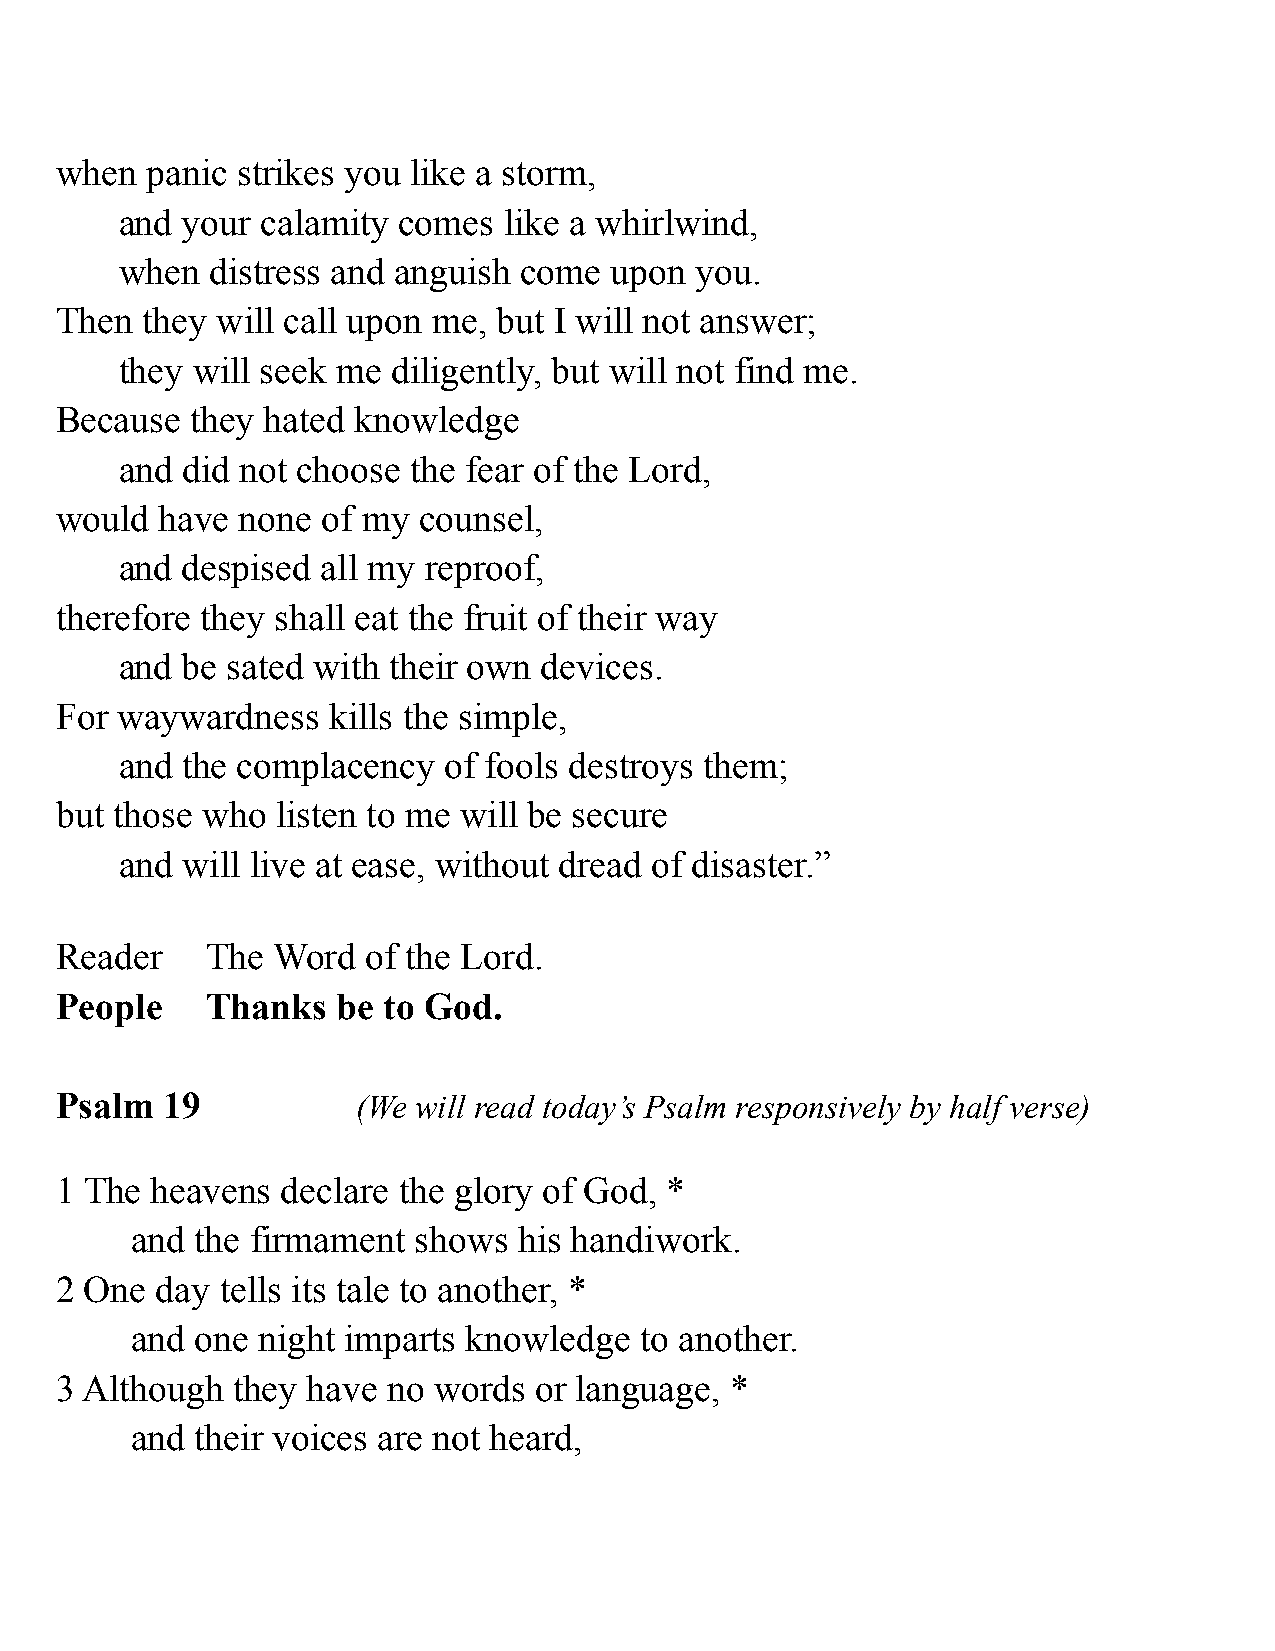
when  panic strikes you like a storm,
 and your calamity comes  like a whirlwind,
 when  distress and anguish come upon  you.
 Then they will call upon me, but I will not answer;
 they will seek me diligently, but will not find me.
 Because  they hated knowledge
 and did not choose the fear of the Lord,
 would  have none of my  counsel,
 and despised all my reproof,
 therefore they shall eat the fruit of their way
 and be sated with their own devices.
 For waywardness   kills the simple,
 and the complacency  of fools destroys them;
 but those who listen to me will be secure
 and will live at ease, without dread of disaster.”
 Reader    The Word  of the Lord.
 People    Thanks  be to God.
 Psalm  19           (We will read today’s Psalm responsively by half verse)
 1 The heavens  declare the glory of God, *
 and the firmament  shows his handiwork.
 2 One day  tells its tale to another, *
 and one night imparts knowledge  to another.
 3 Although they have  no words or language, *
 and their voices are not heard,